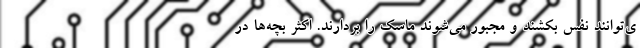
ی‌توانند نفس بکشند و مجبور می‌شوند ماسک را بردارند. اکثر بچه‌ها در